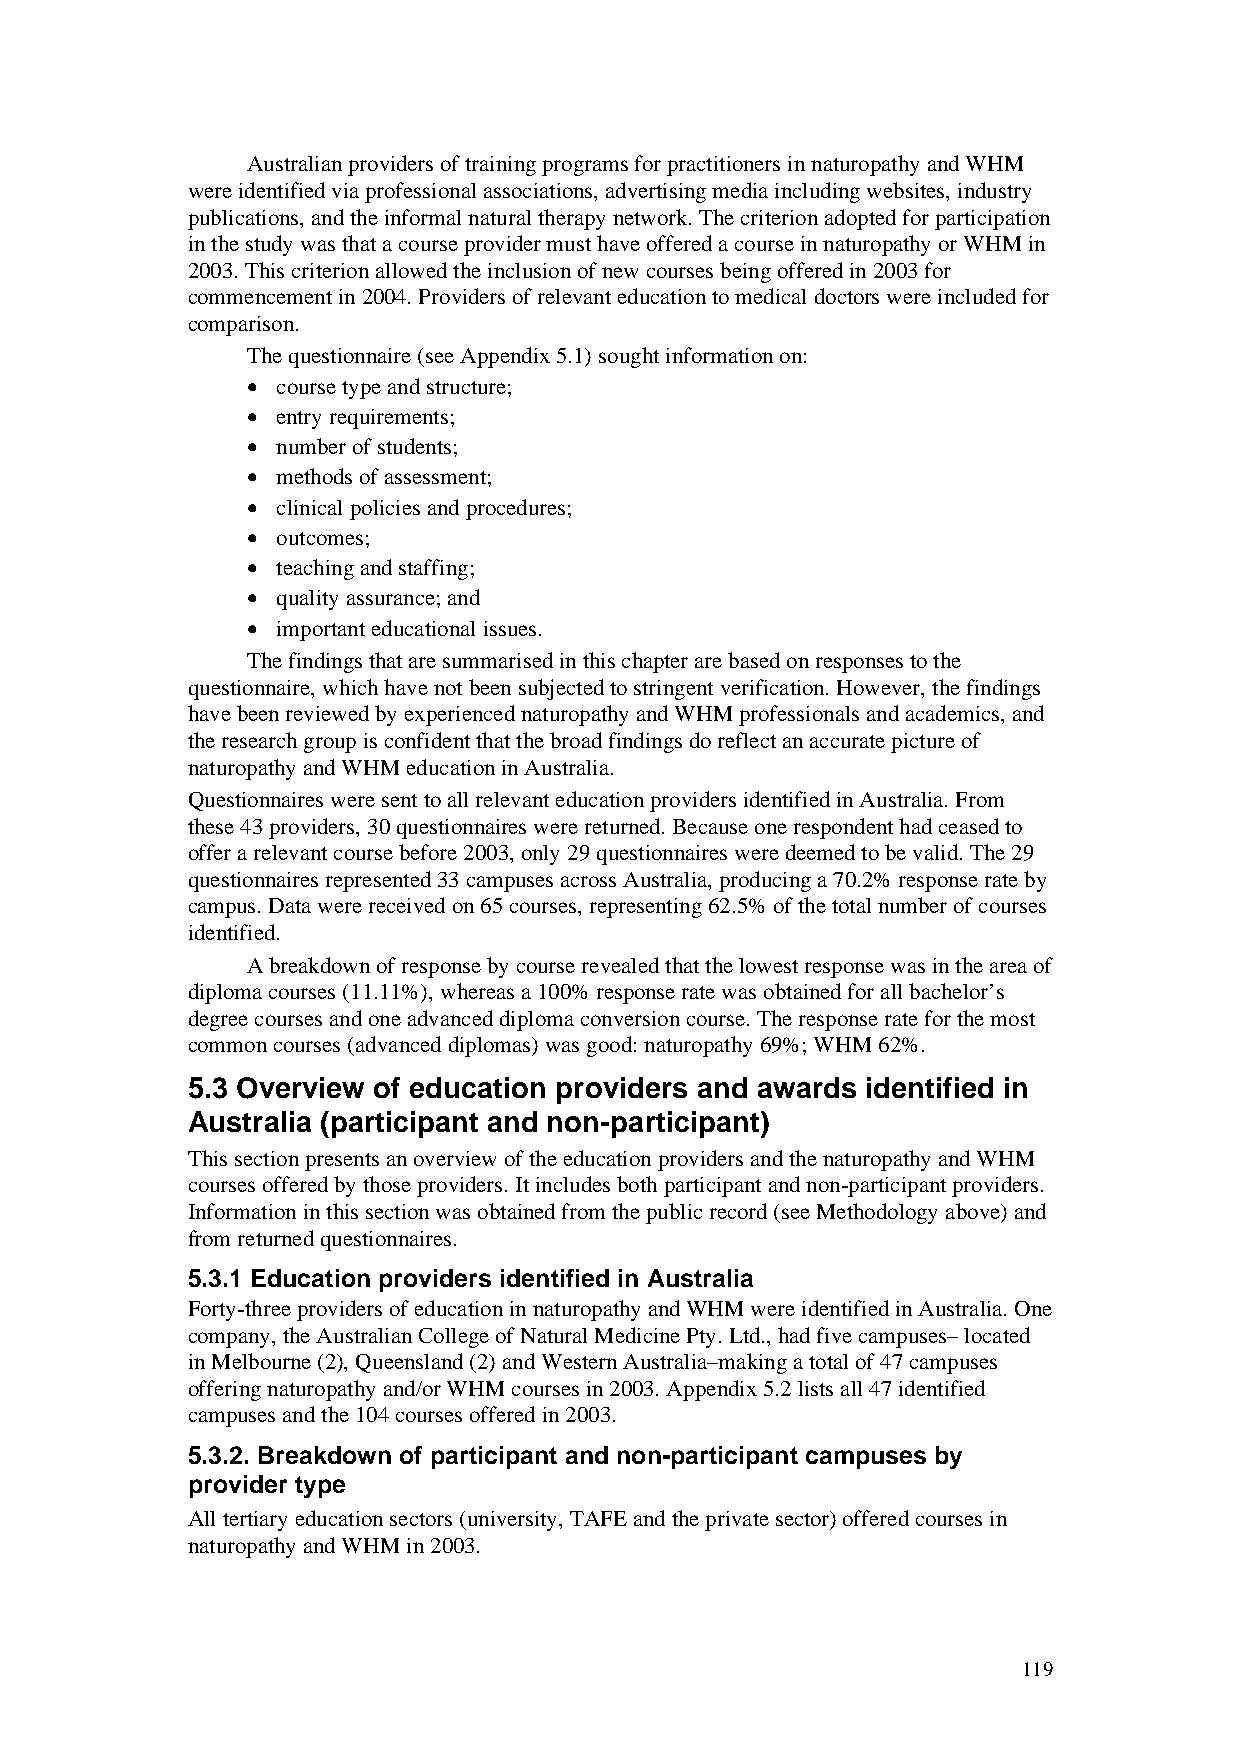
Australian providers of training programs for practitioners in naturopathy and WHM
 were identified via professional associations, advertising media including websites, industry
 publications, and the informal natural therapy network. The criterion adopted for participation
 in the study was that a course provider must have offered a course in naturopathy or WHM in
 2003. This criterion allowed the inclusion of new courses being offered in 2003 for
 commencement in 2004. Providers of relevant education to medical doctors were included for
 comparison.
 The questionnaire (see Appendix 5.1) sought information on:
 • course type and structure;
 • entry requirements;
 • number of students;
 • methods of assessment;
 • clinical policies and procedures;
 • outcomes;
 • teaching and staffing;
 • quality assurance; and
 • important educational issues.
 The findings that are summarised in this chapter are based on responses to the
 questionnaire, which have not been subjected to stringent verification. However, the findings
 have been reviewed by experienced naturopathy and WHM professionals and academics, and
 the research group is confident that the broad findings do reflect an accurate picture of
 naturopathy and WHM education in Australia.
 Questionnaires were sent to all relevant education providers identified in Australia. From
 these 43 providers, 30 questionnaires were returned. Because one respondent had ceased to
 offer a relevant course before 2003, only 29 questionnaires were deemed to be valid. The 29
 questionnaires represented 33 campuses across Australia, producing a 70.2% response rate by
 campus. Data were received on 65 courses, representing 62.5% of the total number of courses
 identified.
 A breakdown of response by course revealed that the lowest response was in the area of
 diploma courses (11.11%), whereas a 100% response rate was obtained for all bachelor’s
 degree courses and one advanced diploma conversion course. The response rate for the most
 common courses (advanced diplomas) was good: naturopathy 69%; WHM 62%.
 5.3 Overview of education providers and awards identified in
 Australia (participant and non-participant)
 This section presents an overview of the education providers and the naturopathy and WHM
 courses offered by those providers. It includes both participant and non-participant providers.
 Information in this section was obtained from the public record (see Methodology above) and
 from returned questionnaires.
 5.3.1 Education providers identified in Australia
 Forty-three providers of education in naturopathy and WHM were identified in Australia. One
 company, the Australian College of Natural Medicine Pty. Ltd., had five campuses– located
 in Melbourne (2), Queensland (2) and Western Australia–making a total of 47 campuses
 offering naturopathy and/or WHM courses in 2003. Appendix 5.2 lists all 47 identified
 campuses and the 104 courses offered in 2003.
 5.3.2. Breakdown of participant and non-participant campuses by
 provider type
 All tertiary education sectors (university, TAFE and the private sector) offered courses in
 naturopathy and WHM in 2003.
 119